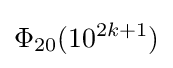
\Phi _{20}(10^{2k+1})